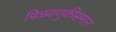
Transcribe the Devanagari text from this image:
पिळवणुकीसमान